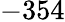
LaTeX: -354